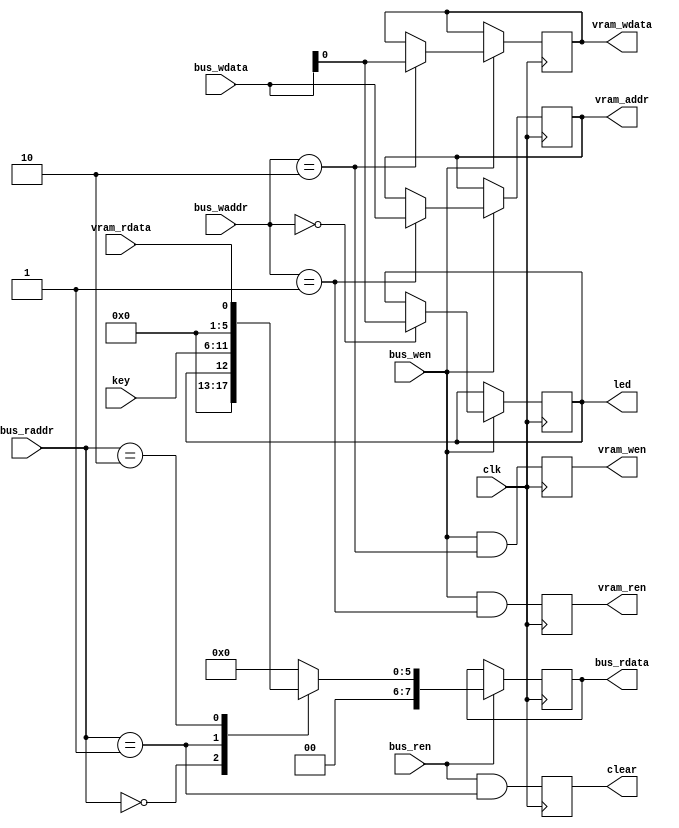
`timescale 1ns / 1ps
//////////////////////////////////////////////////////////////////////////////////
// Company: 
// Engineer: 
// 
// Create Date:
// Design Name: 
// Module Name: bus
// Project Name: 
// Target Devices: 
// Tool Versions: 
// Description: 
// 
// Dependencies: 
// 
// Revision:
// Revision 0.01 - File Created
// Additional Comments:
// 
//////////////////////////////////////////////////////////////////////////////////

module bus
(
    input   wire		clk,
    
	// write bus
	input	wire		bus_wen,
	input	wire [7:0]	bus_waddr,
	input	wire [7:0]	bus_wdata,
	
	// read bus
	input	wire		bus_ren,
	input	wire [7:0]	bus_raddr,
	output	reg  [7:0]	bus_rdata,
    
    // user port
	// vram
	output	reg			vram_wen,
	output	reg			vram_wdata,
	output	reg			vram_ren,
	input	wire		vram_rdata,
	output	reg [7:0]	vram_addr,
	
	// key & led
	input	wire [5:0]	key,
	output	reg			clear,
    output  reg			led
);

// 
always@(posedge clk)
begin
    if(bus_wen)
    begin
        case(bus_waddr)
         0: led <= bus_wdata;
		 1: vram_addr <= bus_wdata;
		 2: vram_wdata <= bus_wdata;
		
        endcase
    end
end

// 
always@(posedge clk)
begin
    if(bus_ren)
    begin
        case(bus_raddr)
         0: bus_rdata <= led;
		 1: bus_rdata <= key;
		 2: bus_rdata <= vram_rdata;
		 
		 
         default: bus_rdata <= 0;
        endcase
    end
end

// 
always@(posedge clk)
begin
	clear <= bus_ren && (bus_raddr == 1);
	vram_ren <= bus_wen && (bus_waddr == 1);
	vram_wen <= bus_wen && (bus_waddr == 2);
end

endmodule